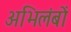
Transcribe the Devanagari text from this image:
अभिलंबों